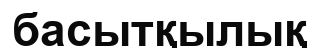
басытқылық